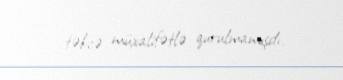
təkcə müxalifətlə qurulmamışdı.